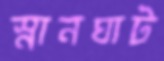
স্নানঘাট